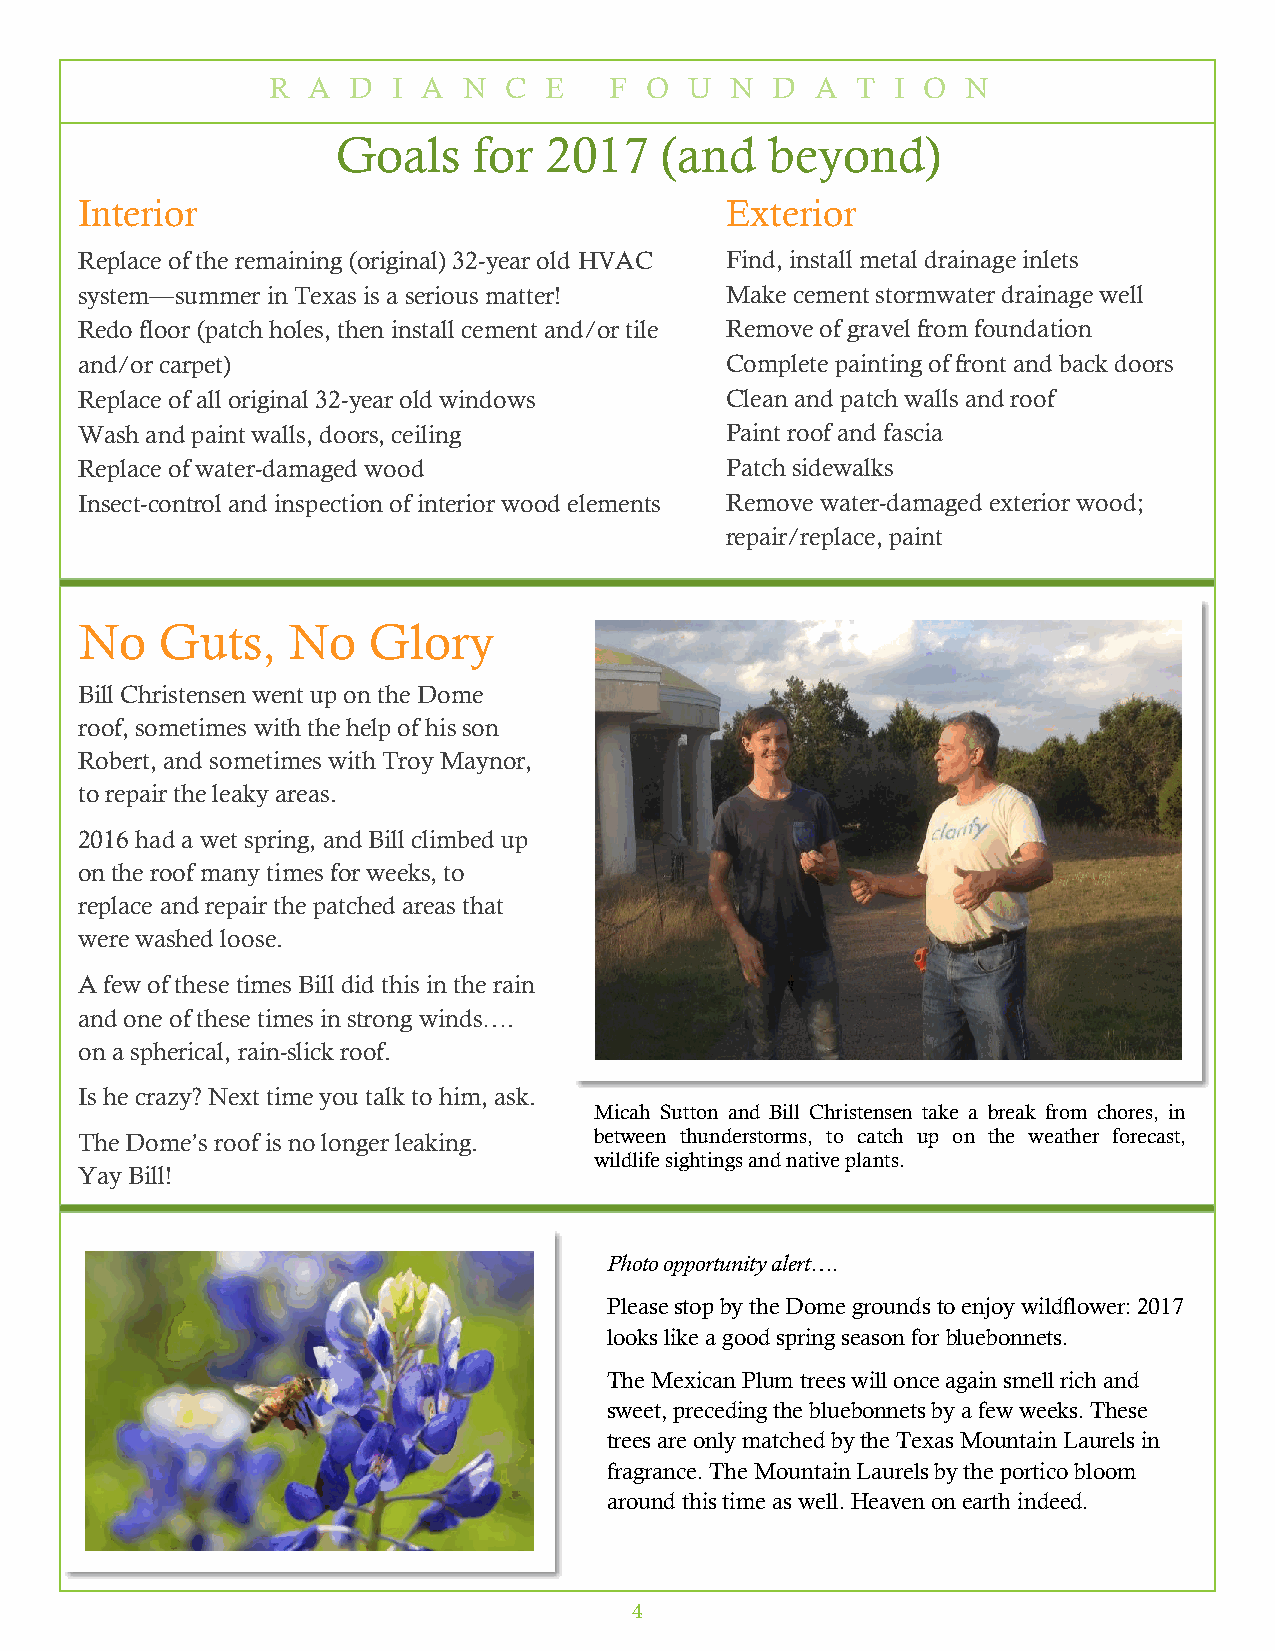
R A  D  I A  N C  E   F  O  U N  D  A  T I O  N
 Goals    for  2017    (and   beyond)
 Interior                                   Exterior
 Replace of the remaining (original) 32-year old HVAC Find, install metal drainage inlets
 system—summer in Texas is a serious matter! Make cement stormwater drainage well
 Redo floor (patch holes, then install cement and/or tile Remove of gravel from foundation
 and/or carpet)                             Complete painting of front and back doors
 Replace of all original 32-year old windows Clean and patch walls and roof
 Wash and paint walls, doors, ceiling       Paint roof and fascia
 Replace of water-damaged wood              Patch sidewalks
 Insect-control and inspection of interior wood elements Remove water-damaged exterior wood;
 repair/replace, paint
 No    Guts,   No   Glory
 Bill Christensen went up on the Dome
 roof, sometimes with the help of his son
 Robert, and sometimes with Troy Maynor,
 to repair the leaky areas.
 2016 had a wet spring, and Bill climbed up
 on the roof many times for weeks, to
 replace and repair the patched areas that
 were washed loose.
 A few of these times Bill did this in the rain
 and one of these times in strong winds….
 on a spherical, rain-slick roof.
 Is he crazy? Next time you talk to him, ask.
 Micah Sutton and Bill Christensen take a break from chores, in
 The Dome’s roof is no longer leaking. between thunderstorms, to catch up on the weather forecast,
 wildlife sightings and native plants.
 Yay Bill!
 Photo opportunity alert….
 Please stop by the Dome grounds to enjoy wildflower: 2017
 looks like a good spring season for bluebonnets.
 The Mexican Plum trees will once again smell rich and
 sweet, preceding the bluebonnets by a few weeks. These
 trees are only matched by the Texas Mountain Laurels in
 fragrance. The Mountain Laurels by the portico bloom
 around this time as well. Heaven on earth indeed.
 4